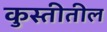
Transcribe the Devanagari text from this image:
कुस्तीतील